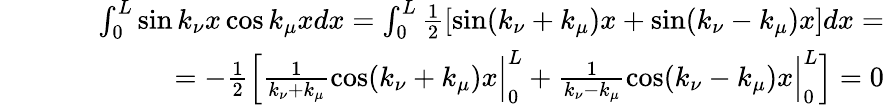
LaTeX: \begin{array}{rlr}&{}&{\int_{0}^{L}\sin k_{\nu}x\cos k_{\mu}xdx=\int_{0}^{L}\frac{1}{2}\left[\sin(k_{\nu}+k_{\mu})x+\sin(k_{\nu}-k_{\mu})x\right]dx=}\\ &{}&{\; \; \; \; \; \; \; \; \; \; \; \; \; \; \; =-\frac{1}{2}\left[\frac{1}{k_{\nu}+k_{\mu}}\cos(k_{\nu}+k_{\mu})x\Big\vert_{0}^{L}+\frac{1}{k_{\nu}-k_{\mu}}\cos(k_{\nu}-k_{\mu})x\Big\vert_{0}^{L}\right]=0}\end{array}